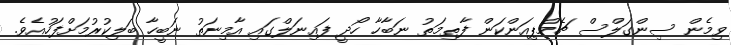
ވިމެން ސިންގަލްސް ޗެމްޕިއަންކަން ފާތިމަތު ނަބާހާ ހޯދީ ފައިނަލްގައި އާމިނަތު ނަބީހާ ބަލިކުރުމަށްފަހުއެވެ.